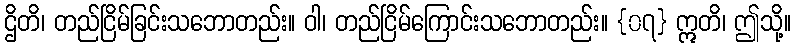
ဌိတိ၊ တည်ငြိမ်ခြင်းသဘောတည်း။ ဝါ၊ တည်ငြိမ်ကြောင်းသဘောတည်း။ {၀၇} ဣတိ၊ ဤသို့။